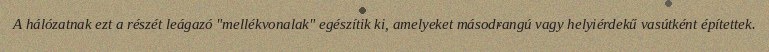
A hálózatnak ezt a részét leágazó "mellékvonalak" egészítik ki, amelyeket másodrangú vagy helyiérdekű vasútként építettek.